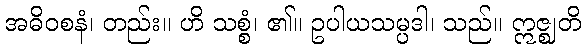
အဓိဝစနံ၊ တည်း။ ဟိ သစ္စံ၊ ၏။ ဥပါယသမ္ပဒါ၊ သည်။ ဣဇ္ဈတိ